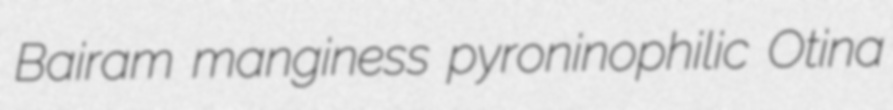
Bairam manginess pyroninophilic Otina